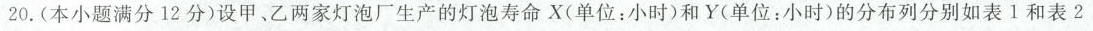
20.(本小题满分12分)设甲、乙两家灯泡厂生产的灯泡寿命X(单位：小时)和Y(单位：小时)的分布列分别如表1和表2